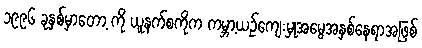
၁၉၉၆ ခုနှစ်မှာတော့ ကို ယူနက်စကိုက ကမ္ဘာ့ယဉ်ကျေးမှုအမွေအနှစ်နေရာအဖြစ်